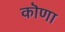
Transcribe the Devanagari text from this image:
कॊणा